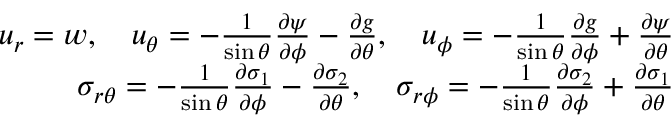
\begin{array} { r } { u _ { r } = w , \quad u _ { \theta } = - \frac { 1 } { \sin \theta } \frac { \partial \psi } { \partial \phi } - \frac { \partial g } { \partial \theta } , \quad u _ { \phi } = - \frac { 1 } { \sin \theta } \frac { \partial g } { \partial \phi } + \frac { \partial \psi } { \partial \theta } } \\ { \sigma _ { r \theta } = - \frac { 1 } { \sin \theta } \frac { \partial \sigma _ { 1 } } { \partial \phi } - \frac { \partial \sigma _ { 2 } } { \partial \theta } , \quad \sigma _ { r \phi } = - \frac { 1 } { \sin \theta } \frac { \partial \sigma _ { 2 } } { \partial \phi } + \frac { \partial \sigma _ { 1 } } { \partial \theta } } \end{array}